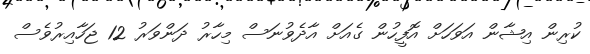
ކުރިން އިޝާން އަވަހަށް އޮފީހުން ގެއަށް އާދެވުނަސް މިހާރު ދަންވަރު 12 ޖަހާއިރުވެސް